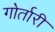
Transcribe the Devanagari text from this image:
गोर्तारी